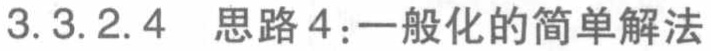
3.3.2.4 思路4：一般化的简单解法